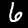
Label: 6